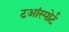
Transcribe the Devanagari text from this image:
टआंस्पोर्ट